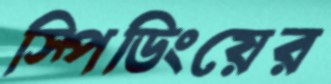
স্পিডিংয়ের